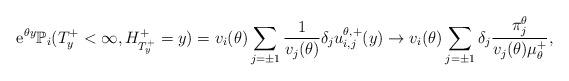
LaTeX: \begin{align*}{\rm e}^{\theta y}\mathbb{P}_i(T_y^+<\infty,H^+_{T_y^+}=y)=v_i(\theta)\sum_{j=\pm1}\frac{1}{v_j(\theta)}\delta_j u^{\theta, +}_{i,j}(y)\to v_i(\theta)\sum_{j = \pm1} \delta_j \frac{\pi^{\theta}_j}{v_j(\theta)\mu^+_\theta},\end{align*}